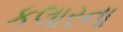
કલારના